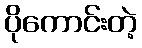
ပိုကောင်းတဲ့